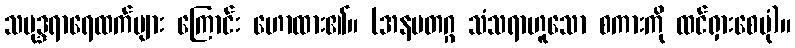
သမုဒ္ဒရာရေထက်များ ကြောင်း ဟောထား၏။ (အနမတဂ္ဂ သံသရာဟူသော စကားကို ထင်ရှားစေပုံ)။